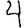
Digit: 4